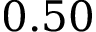
0 . 5 0